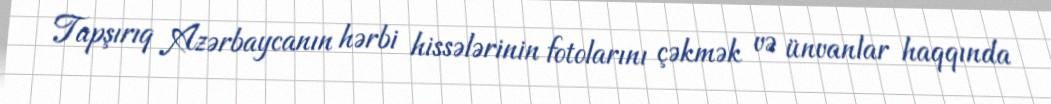
Tapşırıq Azərbaycanın hərbi hissələrinin fotolarını çəkmək və ünvanlar haqqında